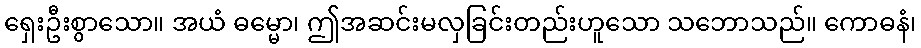
ရှေးဦးစွာသော။ အယံ ဓမ္မော၊ ဤအဆင်းမလှခြင်းတည်းဟူသော သဘောသည်။ ကောဓနံ၊